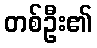
တစ်ဦး၏